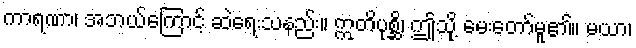
ကာရဏာ၊ အဘယ်ကြောင့် ဆဲရေးသနည်း။ ဣတိပုစ္ဆိ၊ ဤသို့ မေးတော်မူ၏။ မယာ၊